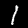
Digit: 1